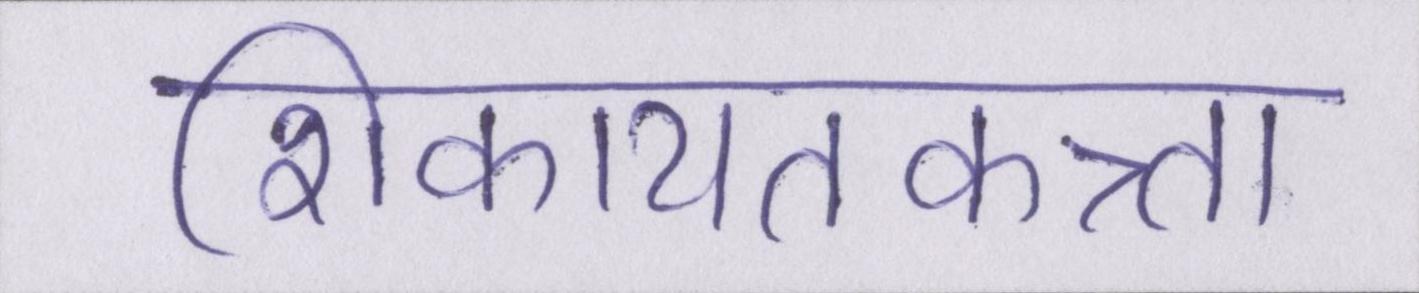
शिकायतकत्र्ता